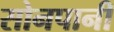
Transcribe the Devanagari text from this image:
सोनपानी